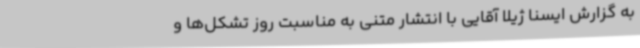
به گزارش ایسنا ژیلا آقایی با انتشار متنی به مناسبت روز تشکل‌ها و